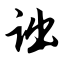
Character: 诎